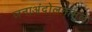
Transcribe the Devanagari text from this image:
जनाअंदोलनांमुळे